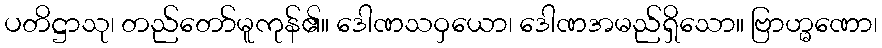
ပတိဋ္ဌာသု၊ တည်တော်မူကုန်၏။ ဒေါဏသဝှယော၊ ဒေါဏအမည်ရှိသော။ ဗြာဟ္မဏော၊